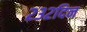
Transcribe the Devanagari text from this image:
२३२दिन